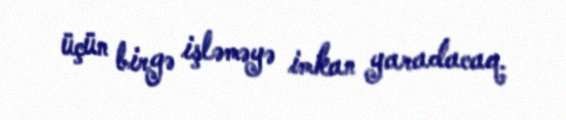
üçün birgə işləməyə imkan yaradacaq.